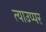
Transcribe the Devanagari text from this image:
त्याउप्पर